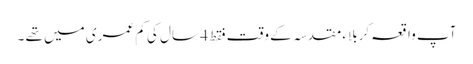
آپ واقعہ کربلاء مقدسہ کے وقت فقط 4 سال کی کم عمری میں تھے ۔